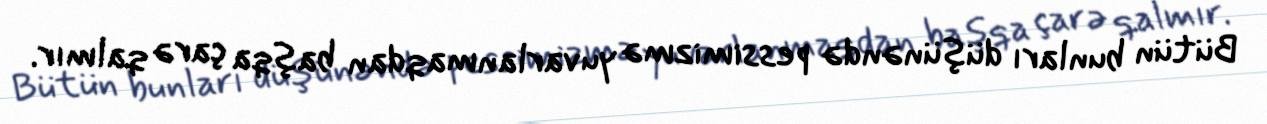
Bütün bunları düşünəndə pessimizmə yuvarlanmaqdan başqa çarə qalmır.